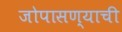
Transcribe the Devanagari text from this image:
जोपासण्याची